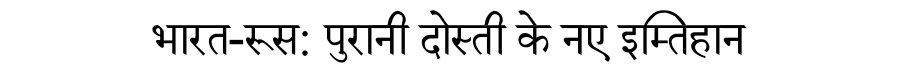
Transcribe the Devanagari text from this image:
भारत-रूस: पुरानी दोस्ती के नए इम्तिहान